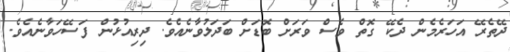
ދޭތެރޭ އަހަރެމެން ދެކޭ ގޮތް ވެސް ވަރަށް ބޮޑަށް ބަދަލުވާނެއެވެ. ދިރިއުޅުން ފަސޭހަވާނެއެވެ.